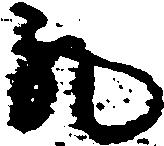
丸